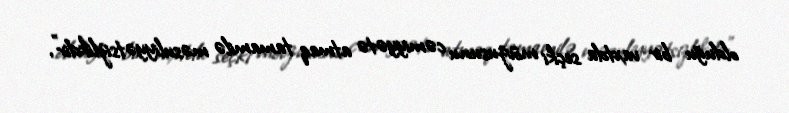
olduğu bir vaxtda seçki mövzusunu cəmiyyətə atmaq tamamilə məsuliyyətsizlikdir”,